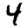
Digit: 4